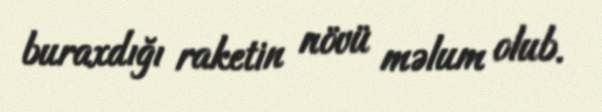
buraxdığı raketin növü məlum olub.